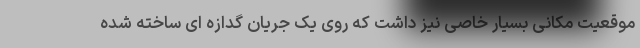
موقعیت مکانی بسیار خاصی نیز داشت که روی یک جریان گدازه ای ساخته شده